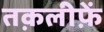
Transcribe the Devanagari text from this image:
तक़लीफ़ें